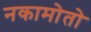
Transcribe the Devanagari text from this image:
नकामोतो